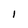
Character: 1